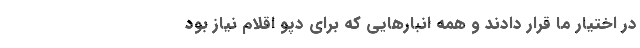
در اختیار ما قرار دادند و همه انبارهایی که برای دپو اقلام نیاز بود